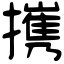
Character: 㩗